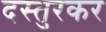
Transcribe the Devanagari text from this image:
दस्तुरकर